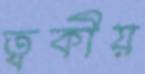
ত্বকীয়